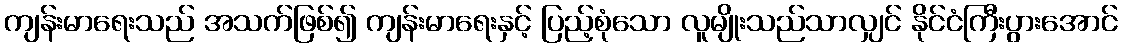
ကျန်းမာရေးသည် အသက်ဖြစ်၍ ကျန်းမာရေးနှင့် ပြည့်စုံသော လူမျိုးသည်သာလျှင် နိုင်ငံကြီးပွားအောင်